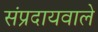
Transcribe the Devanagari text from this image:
संप्रदायवाले